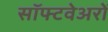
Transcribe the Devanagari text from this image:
सॉफ्टवेअरों